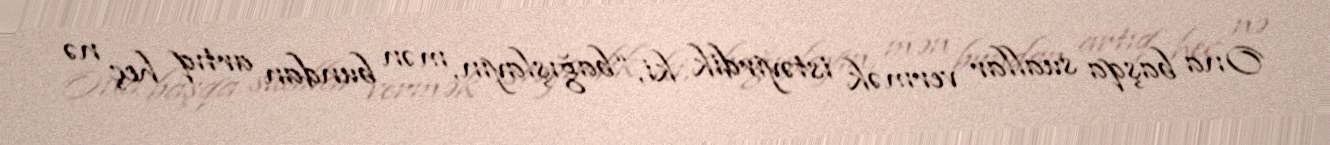
Ona başqa suallar vermək istəyirdik ki, “bağışlayın, mən bundan artıq heç nə